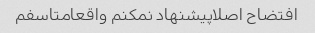
افتضاح اصلاپیشنهاد نمکنم واقعامتاسفم